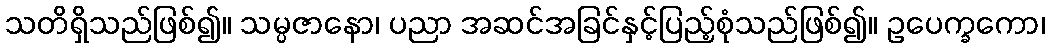
သတိရှိသည်ဖြစ်၍။ သမ္ပဇာနော၊ ပညာ အဆင်အခြင်နှင့်ပြည့်စုံသည်ဖြစ်၍။ ဥပေက္ခကော၊